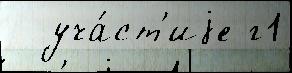
  уча́ст'иjе г1